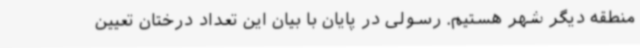
منطقه دیگر شهر هستیم. رسولی در پایان با بیان این تعداد درختان تعیین